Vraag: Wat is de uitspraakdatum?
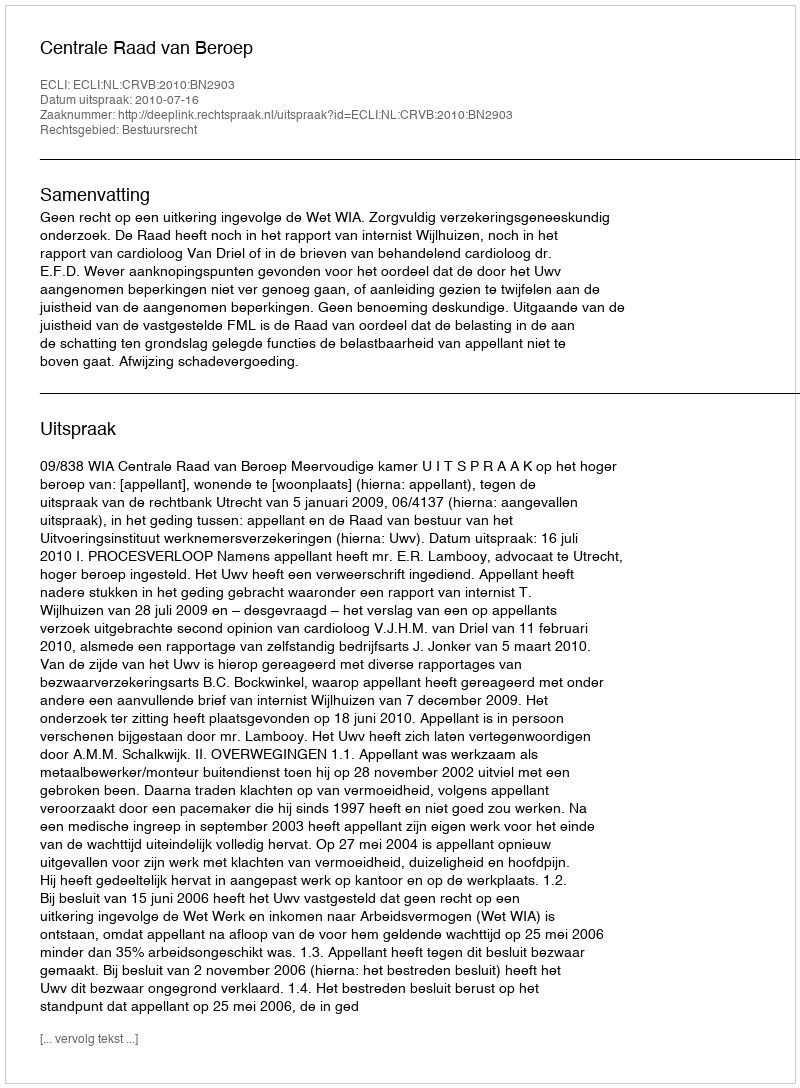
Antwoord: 2010-07-16